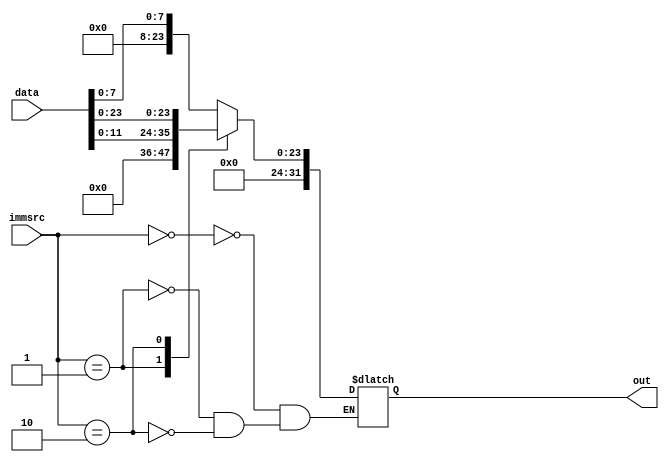
module imm_extender(input[31:0] data,input [1:0] immsrc,output reg [31:0] out);

always @(*)
	case(immsrc)
		0: out={24'd0,data[7:0]};
		1: out={20'd0,data[11:0]};
		2: out={8'd0,data[23:0]};
	endcase

endmodule